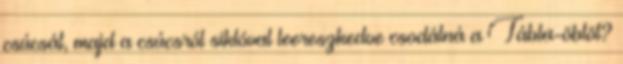
csúcsát, majd a csúcsról siklóval leereszkedve csodálná a Tábla-öblöt?